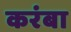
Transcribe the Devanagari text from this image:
करंबा